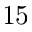
^ Ḋ 1 5 Ḍ